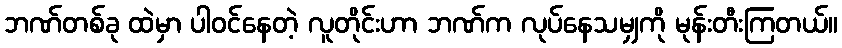
ဘဏ်တစ်ခု ထဲမှာ ပါဝင်နေတဲ့ လူတိုင်းဟာ ဘဏ်က လုပ်နေသမျှကို မုန်းတီးကြတယ်။